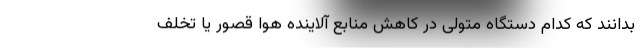
بدانند که کدام دستگاه متولی در کاهش منابع آلاینده هوا قصور یا تخلف